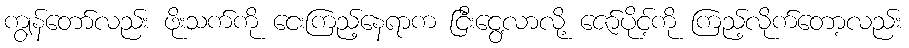
ကျွန်တော်လည်း ဖိုးသက်ကို ငေးကြည့်နေရာက ငြီးငွေ့လာလို့ ဇော်ပိုင့်ကို ကြည့်လိုက်တော့လည်း